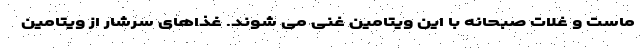
ماست و غلات صبحانه با این ویتامین غنی می شوند. غذاهای سرشار از ویتامین